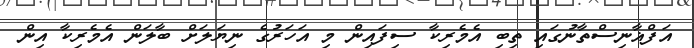
އަފްޣާނިސްތާނުގައި ތިބި އެމެރިކާ ސިފައިން މި އަހަރުގެ ނިޔަލަށް ބާލަން އެމެރިކާ އިން